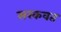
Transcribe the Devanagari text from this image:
सरकवत